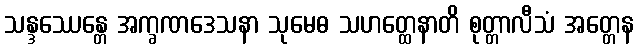
သန္ဒဿေန္တေ အက္ခဏဒေသနာ သုမေဓ သဟတ္ထေနာတိ စုတ္တာလီသံ အတ္တေန